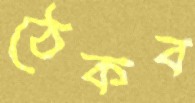
ঠেকব